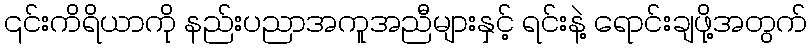
၎င်းကိရိယာကို နည်းပညာအကူအညီများနှင့် ရင်းနဲ့ ရောင်းချဖို့အတွက်